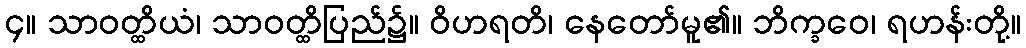
၄။ သာဝတ္ထိယံ၊ သာဝတ္ထိပြည်၌။ ဝိဟရတိ၊ နေတော်မူ၏။ ဘိက္ခဝေ၊ ရဟန်းတို့။